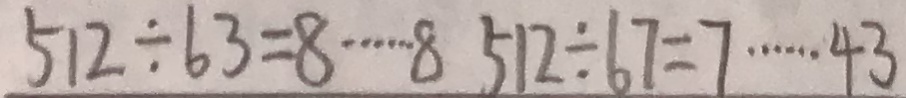
5 1 2 \div 6 3 = 8 \cdots 8 5 1 2 \div 6 7 = 7 \cdots 4 3